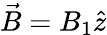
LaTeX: \vec{B}=B_{1}\hat{z}